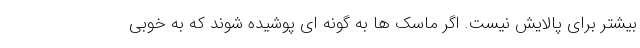
بیشتر برای پالایش نیست. اگر ماسک ها به گونه ای پوشیده شوند که به خوبی